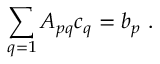
\sum _ { q = 1 } ^ { } A _ { p q } c _ { q } = b _ { p } \ .